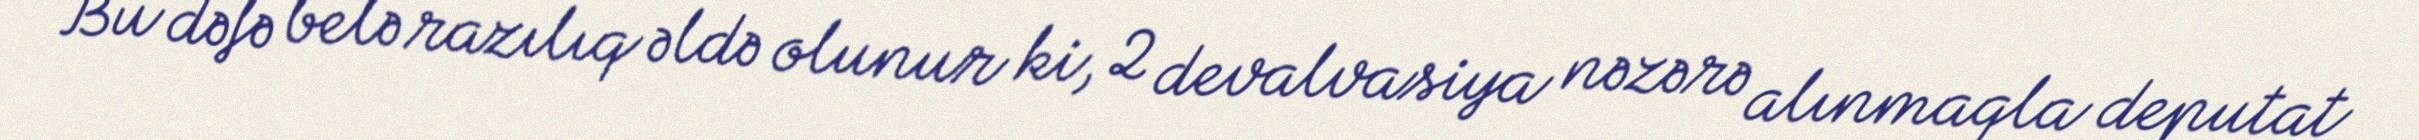
Bu dəfə belə razılıq əldə olunur ki, 2 devalvasiya nəzərə alınmaqla deputat